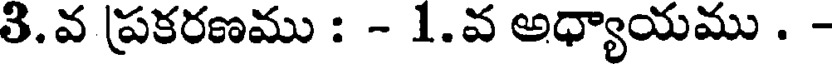
తి.వ ప్రకరణము : - 1.వ అధ్యాయము . -